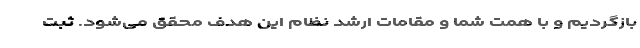
بازگردیم و با همت شما و مقامات ارشد نظام این هدف محقق می‌شود. ثبت